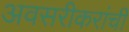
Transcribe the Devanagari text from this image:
अवसरीकरांची